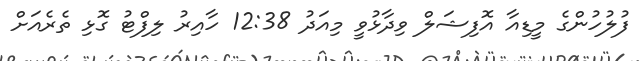
ފުލުހުންގެ މީޑިއާ އޮފިޝަލް ވިދާޅުވީ މިއަދު 12:38 ހާއިރު ލިފްޓު ގޮޅި ތެރެއަށް